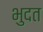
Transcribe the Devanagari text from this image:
भुदत